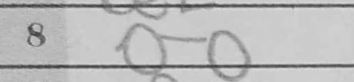
Transcription: O-O